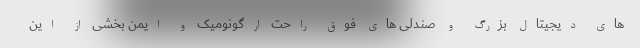
های دیجیتال بزرگ و صندلی های فوق راحت ارگونومیک و ایمن بخشی از این